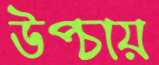
উপ্‌চায়